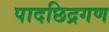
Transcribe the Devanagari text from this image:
पादछिद्रगण